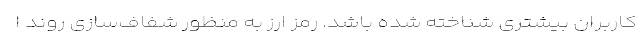
کاربران بیشتری شناخته شده باشد. رمز ارز به منظور شفاف‌سازی روند ا